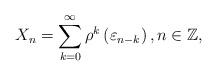
LaTeX: \begin{align*}X_n = \displaystyle \sum_{k=0}^{\infty} \rho^{k} \left( \varepsilon_{n-k} \right), n \in \mathbb{Z}, \end{align*}